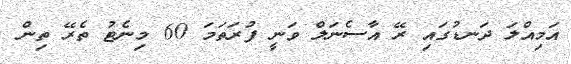
އަމިއްލަ ދަނޑުގައި ރޭ އާސެނަލް ވަނީ ފުރަތަމަ 60 މިނެޓު ތެރޭ ތިން